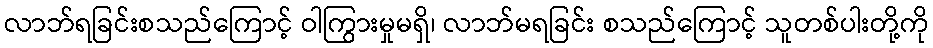
လာဘ်ရခြင်းစသည်ကြောင့် ဝါကြွားမှုမရှိ၊ လာဘ်မရခြင်း စသည်ကြောင့် သူတစ်ပါးတို့ကို